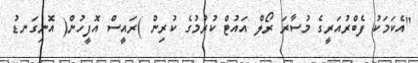
"އެކަމަކު ފެބްރުއަރީގެ މުސާރަ ރޯލް އައުޓް ކުރުމުގެ ކުރިން )ރައީސް އޮފީހުން( އޮނިގަނޑު